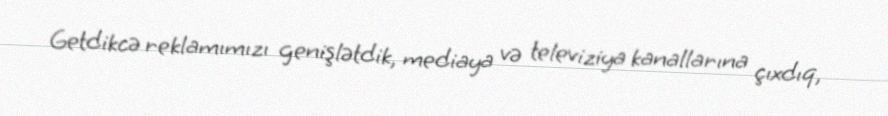
Getdikcə reklamımızı genişlətdik, mediaya və televiziya kanallarına çıxdıq,